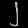
Digit: ၂